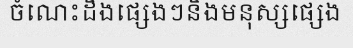
ចំណេះដឹងផ្សេងៗនិងមនុស្សផ្សេង